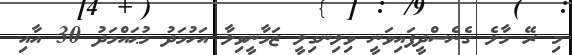
މި ރޭ މާލެ ގެނެސްދީފައިވަނީ ވިލިނގިލީ ޒަމާނީވިލާ އަހުމަދު މުޙައްމަދު 30 އާއި